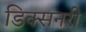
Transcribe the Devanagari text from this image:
डिक्सनरी